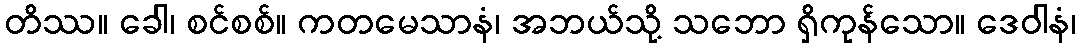
တိဿ။ ခေါ၊ စင်စစ်။ ကတမေသာနံ၊ အဘယ်သို့ သဘော ရှိကုန်သော။ ဒေဝါနံ၊